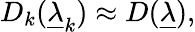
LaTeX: D_{k}(\underline{{\lambda}}_{k})\approx D(\underline{{\lambda}}),